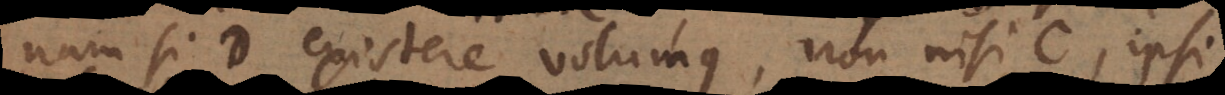
nam si D existere volumus, non nisi C, ipsi